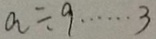
a \div 9 \cdots 3